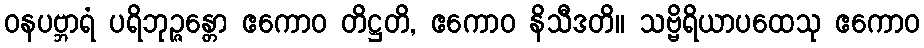
ဝနပဗ္ဘာရံ ပရိဘုဉ္ဇန္တော ဧကောဝ တိဋ္ဌတိ, ဧကောဝ နိသီဒတိ။ သဗ္ဗိရိယာပထေသု ဧကောဝ